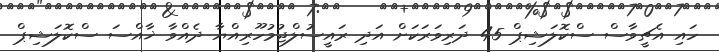
ހައި އެޗީވާސް ސްކޮލަޝިޕް 45 ދަރިވަރަކަށް އަދި ރައީސުލްޖުމުހޫރިއްޔާ ދެއްވާ ޚާއްސަ ސްކޮލަޝިޕް